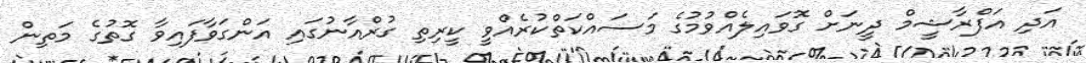
އަދި އަފްރާޝީމް ދީނަށް ގޮވައިލެއްވުމުގެ މަސައްކަތްކުރެއްވީ ކީރިތި ގުރްއާނުގައި އަންގަވާފައިވާ ގޮތުގެ މަތިން